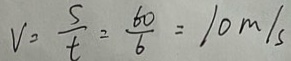
V = \frac { s } { t } = \frac { 6 0 } { 6 } = 1 0 m / s